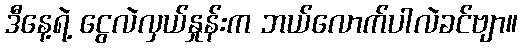
ဒီနေ့ရဲ့ ငွေလဲလှယ်နှုန်းက ဘယ်လောက်ပါလဲခင်ဗျာ။